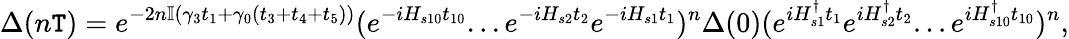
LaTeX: \Delta(n\mathtt{T})=e^{-2n\mathbb{{I}}(\gamma_{3}t_{1}+\gamma_{0}(t_{3}+t_{4}+t_{5}))}(e^{-iH_{s10}t_{10}}...e^{-iH_{s2}t_{2}}e^{-iH_{s1}t_{1}})^{n}\Delta(0)(e^{iH_{s1}^{\dagger}t_{1}}e^{iH_{s2}^{\dagger}t_{2}}...e^{iH_{s10}^{\dagger}t_{10}})^{n},